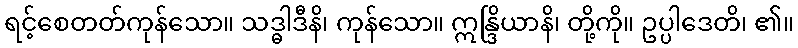
ရင့်စေတတ်ကုန်သော။ သဒ္ဓါဒီနိ၊ ကုန်သော။ ဣန္ဒြိယာနိ၊ တို့ကို။ ဥပ္ပါဒေတိ၊ ၏။